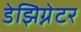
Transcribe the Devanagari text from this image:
डेझिग्नेटर